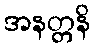
အနတ္တနိ